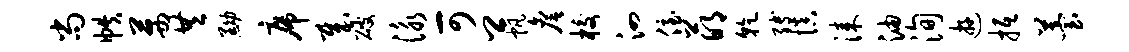
尚帙茜共黝席哉破泳可卿帆詹校泗侄萌干缚慎漆油洵游抵苔